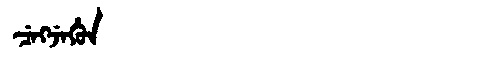
Manchu: ᠴᡝᡴᠵᡝᡥᡠᠨ
Romanization: CEKJEHUN